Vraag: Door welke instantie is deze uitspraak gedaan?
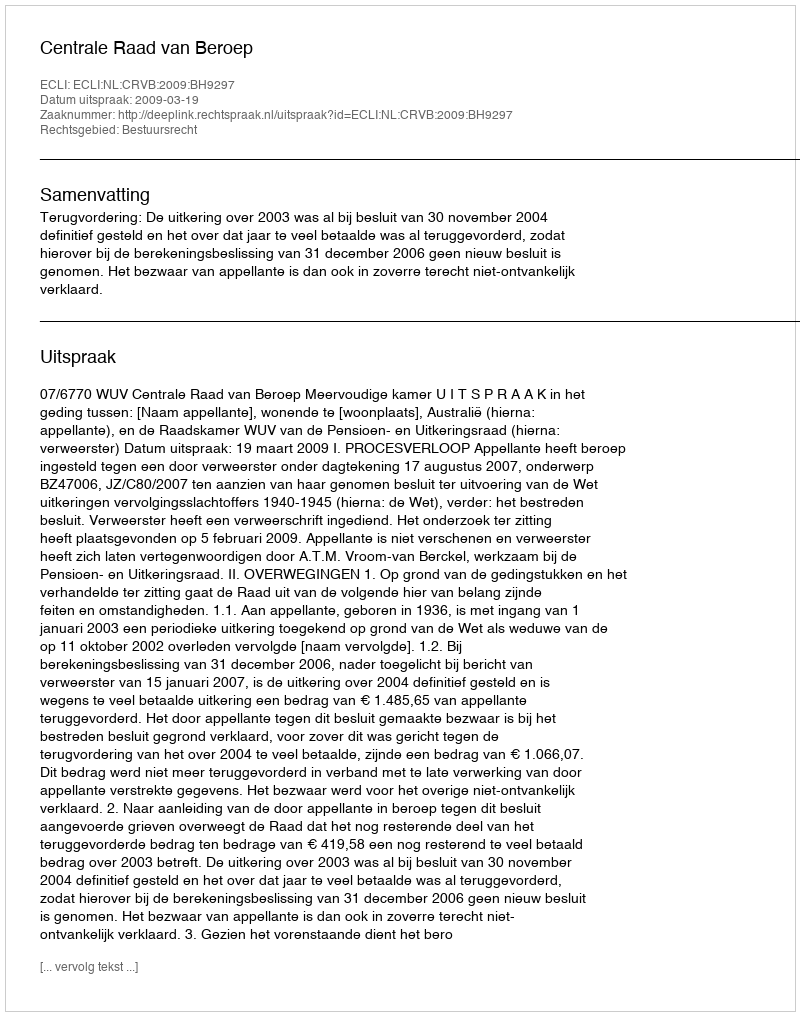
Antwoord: Centrale Raad van Beroep